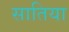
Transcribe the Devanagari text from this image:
सातिया